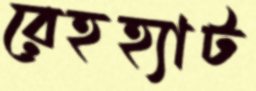
রেহহ্যাট